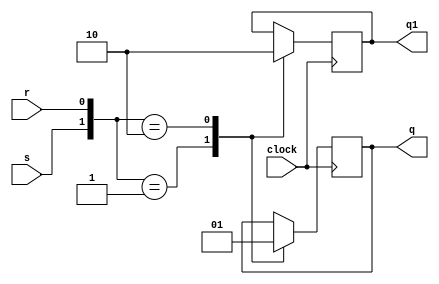
/*Program By Vicky_A*/

module sr(
input wire clock,
input wire s,
input wire r,
output reg q,
output reg q1 
);
initial begin q=1'b0; q1=1'b1; end
always @ (posedge clock)
  begin
	case({s,r})
		 {1'b0,1'b0}:begin q=q; q1=q1; end
		 {1'b0,1'b1}: begin q=1'b0; q1=1'b1; end
		 {1'b1,1'b0}:begin q=1'b1; q1=1'b0; end
	endcase
   end
endmodule